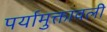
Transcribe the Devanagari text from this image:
पर्यामुक्तावली